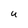
Character: U